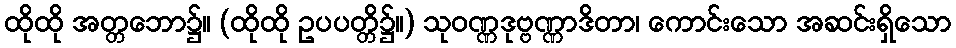
ထိုထို အတ္တဘော၌။ (ထိုထို ဥပပတ္တိ၌။) သုဝဏ္ဏဒုဗ္ဗဏ္ဏာဒိတာ၊ ကောင်းသော အဆင်းရှိသော